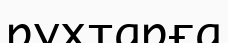
рухтарға